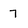
Character: 7